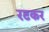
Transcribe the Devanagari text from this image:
रटकर